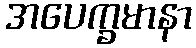
အပေက္ခမာနာ